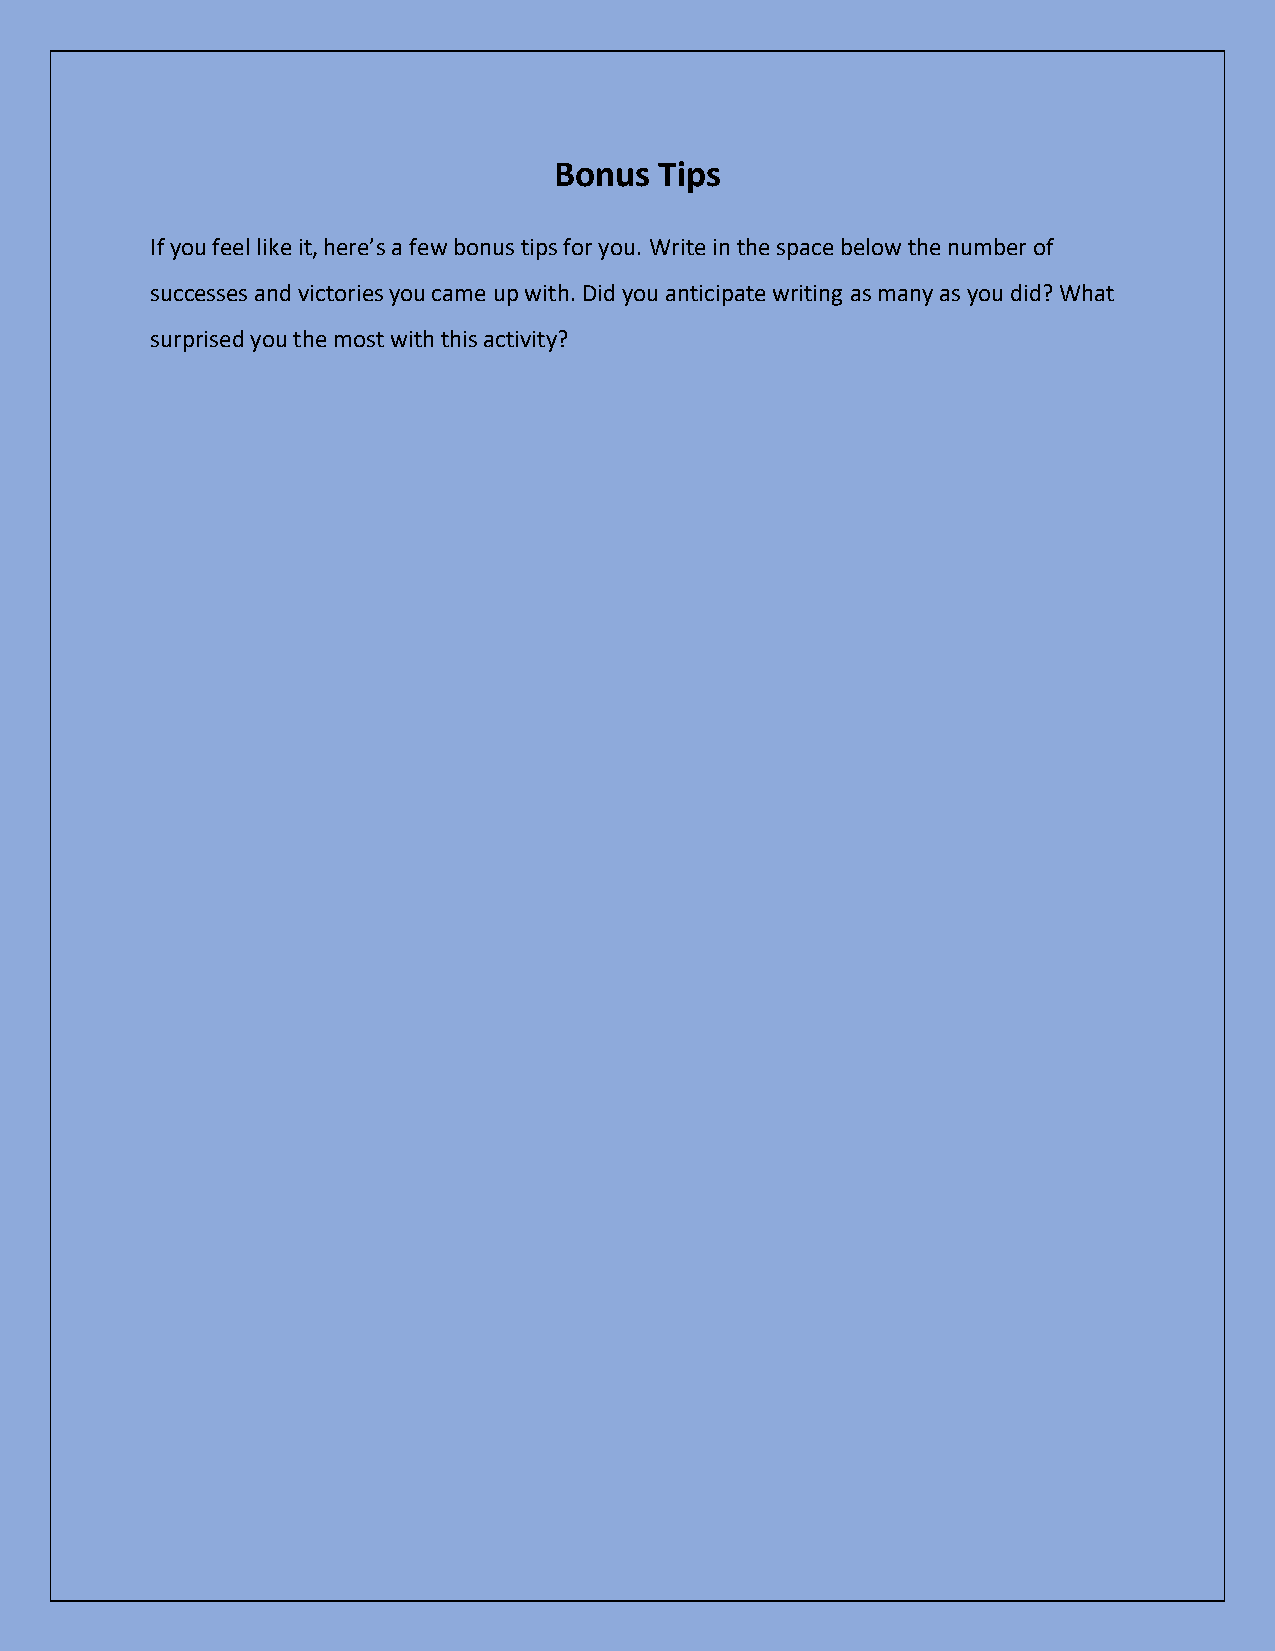
Bonus  Tips
 If you feel like it, here’s a few bonus tips for you. Write in the space below the number of
 successes and victories you came up with. Did you anticipate writing as many as you did? What
 surprised you the most with this activity?